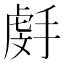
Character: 𫽯